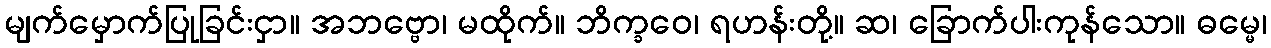
မျက်မှောက်ပြုခြင်းငှာ။ အဘဗ္ဗော၊ မထိုက်။ ဘိက္ခဝေ၊ ရဟန်းတို့။ ဆ၊ ခြောက်ပါးကုန်သော။ ဓမ္မေ၊